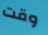
وقت